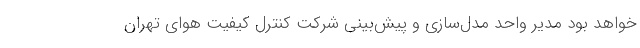
خواهد بود مدیر واحد مدل‌سازی و پیش‌بینی شرکت کنترل کیفیت هوای تهران